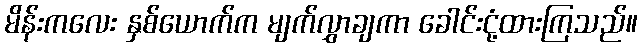
မိန်းကလေး နှစ်ယောက်က မျက်လွှာချကာ ခေါင်းငုံ့ထားကြသည်။